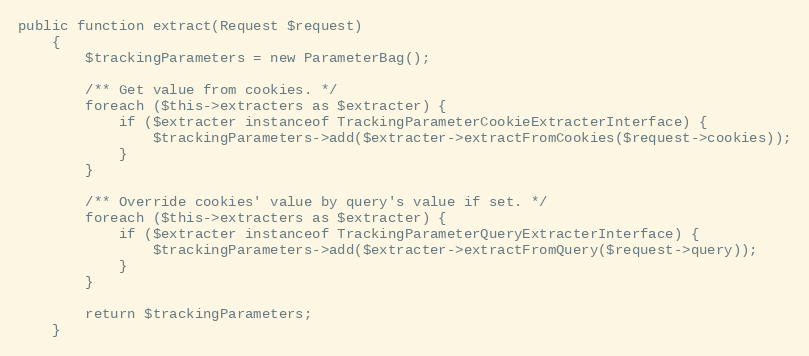
Language: PHP
public function extract(Request $request)
    {
        $trackingParameters = new ParameterBag();

        /** Get value from cookies. */
        foreach ($this->extracters as $extracter) {
            if ($extracter instanceof TrackingParameterCookieExtracterInterface) {
                $trackingParameters->add($extracter->extractFromCookies($request->cookies));
            }
        }

        /** Override cookies' value by query's value if set. */
        foreach ($this->extracters as $extracter) {
            if ($extracter instanceof TrackingParameterQueryExtracterInterface) {
                $trackingParameters->add($extracter->extractFromQuery($request->query));
            }
        }

        return $trackingParameters;
    }